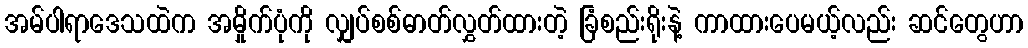
အမ်ပါရာဒေသထဲက အမှိုက်ပုံကို လျှပ်စစ်ဓာတ်လွှတ်ထားတဲ့ ခြံစည်းရိုးနဲ့ ကာထားပေမယ့်လည်း ဆင်တွေဟာ